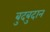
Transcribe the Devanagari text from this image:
बुदबुदान